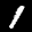
Label: 1